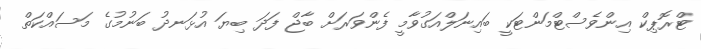
ޓްރޮޕިކް އިންވެސްޓްމަންޓަކީ ބައިނަލްއަގުވާމީ ފެންވަރަށް ބާޖް ފަދަ ބިޔަ އުޅަނދު ބަނުމުގެ މަސައްކަތް